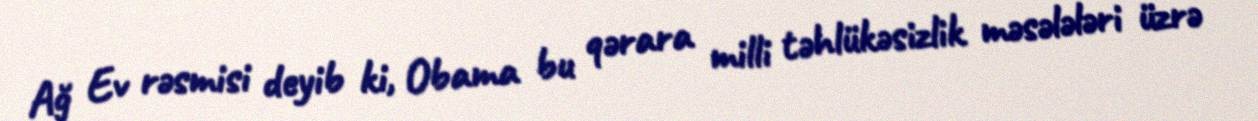
Ağ Ev rəsmisi deyib ki, Obama bu qərara milli təhlükəsizlik məsələləri üzrə